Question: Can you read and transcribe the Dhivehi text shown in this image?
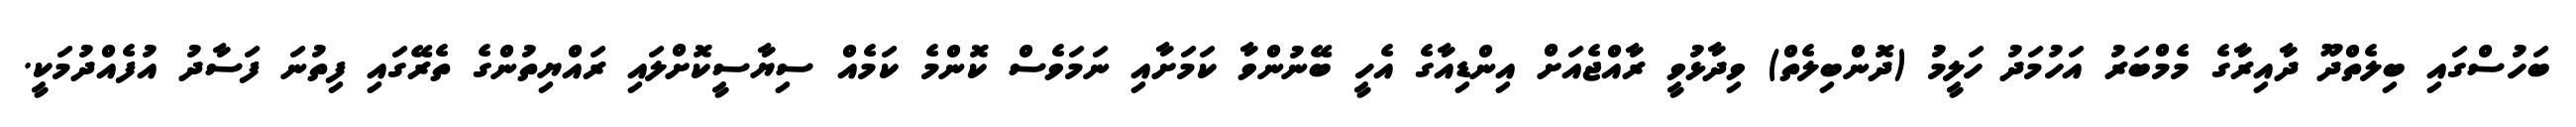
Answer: ބަހުސްގައި ބިލެތްދޫ ދާއިރާގެ މެމްބަރު އަހުމަދު ހަލީމު (ދޮންބިލެތް) ވިދާޅުވީ ރާއްޖެއަށް އިންޑިއާގެ އެހީ ބޭނުންވާ ކަމަށާއި ނަމަވެސް ކޮންމެ ކަމެއް ސިޔާސީކޮށްލައި ރައްޔިތުންގެ ތެރޭގައި ފިތުނަ ފަސާދު އުފެއްދުމަކީ.